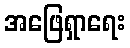
အဖြေရှာရေး